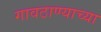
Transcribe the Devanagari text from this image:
गावठाण्याच्या